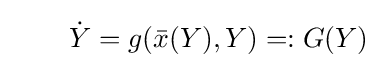
\qquad {\dot {Y}}=g({\bar {x}}(Y),Y)=:G(Y)